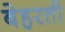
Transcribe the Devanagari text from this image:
बेहरती